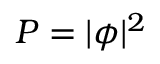
P = | \phi | ^ { 2 }